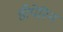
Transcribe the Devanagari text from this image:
हीपेरिन